Indian journal of veterinary science and animal husbandry - Volume 10,
Year: 1940
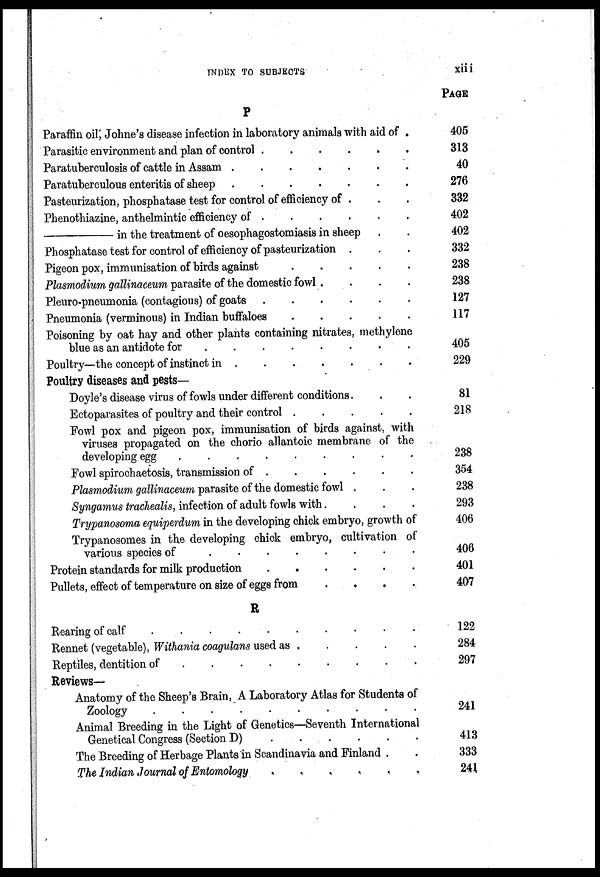
INDEX TO SUBJECTS
xiii
P
Paraffin oil, Johne's disease infection in laboratory animals with aid of .
Parasitic environment and plan of control . . . . . . . . . .
Paratuberculosis of cattle in Assam . . . . . . . . . .
Paratuberculous enteritis of sheep . . . . . . . . . .
Pasteurization, phosphatase test for control of efficiency of . . .
Phenothiazine, anthelmintic efficiency of
.
.
.
.
.
.
—in
the treatment of oesophagostomiasis in sheep . .
Phosphatase test for control of efficiency of pasteurization . . .
Pigeon pox, immunisation of birds against
.
.
.
.
.
Plasmodium gallinaceum parasite of the domestic fowl. . . .
Pleuro-pneumonia (contagious) of goats
.
.
.
.
.
.
Pneumonia (verminous) in Indian buffaloes
.
.
.
.
Poisoning by oat hay and other plants containing nitrates, methylene
blue as an antidote for . . . . . . . . . .
Poultry—the concept of instinct in
.
.
.
.
.
.
Poultry diseases and pests—
Doyle's disease virus of fowls under different conditions. . .
Ectoparasites of poultry and their control
.
.
.
.
.
Fowl pox and pigeon pox, immunisation of birds against, with
viruses propagated on the chorio allantoic membrane of the
developing egg . . . . . . . . . .
Fowl spirochaetosis, transmission of . . . . . . . . . .
Plasmodium gallinaceum parasite of the domestic fowl . . .
Syngamus trachealis, infection of adult fowls with.
.
.
.
Trypanosoma equiperdum in the developing chick embryo, growth of
Trypanosomes in the developing chick embryo, cultivation of
various species of . . . . . . . . . .
Protein standards for milk production
.
.
.
.
.
.
Pullets, effect of temperature on size of eggs from
.
.
.
.
R
Rearing of calf . . . . . . . . . .
Rennet (vegetable), Withania coagulans used as . . . . .
Reptiles, dentition of
.
.
.
Reviews—
Anatomy of the Sheep's Brain, A Laboratory Atlas for Students of
Zoology . . . . . . . . .
Animal Breeding in the Light of Genetics—Seventh International . .
Genetical Congress (Section D)
.
.
.
.
.
.
The Breeding of Herbage Plants in Scandinavia and Finland . .
The Indian Journal of Entomology . . . . . . .
PAGE
405
313
40
276
332
402
402
332
238
238
127
117
405
229
81
218
238
354
238
293
406
406
401
407
122
284
297
241
413
333
241